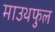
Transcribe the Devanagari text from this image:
माउथफुल